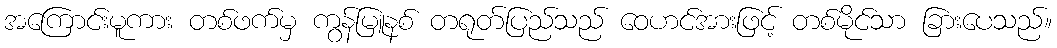
အကြောင်းမူကား တစ်ဖက်မှ ကွန်မြူနစ် တရုတ်ပြည်သည် ဝေဟင်အားဖြင့် တစ်မိုင်သာ ခြားပေသည်။